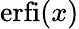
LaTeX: \operatorname{erfi}(x)